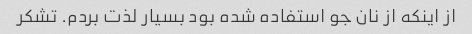
از اینکه از نان جو استفاده شده بود بسیار لذت بردم. تشکر